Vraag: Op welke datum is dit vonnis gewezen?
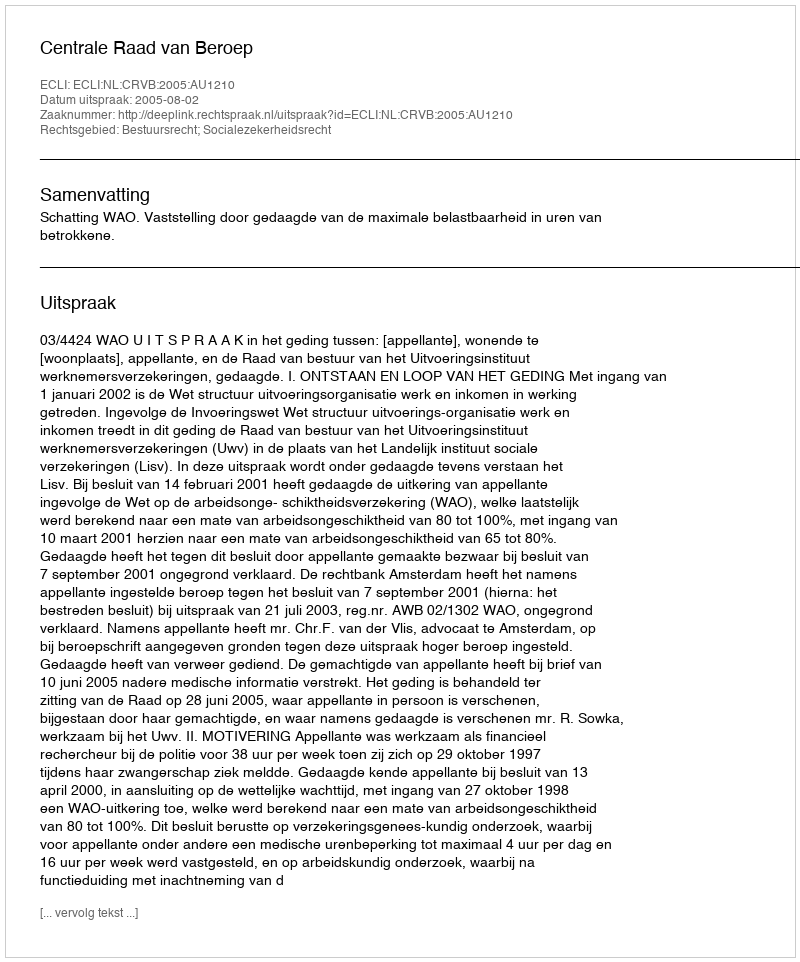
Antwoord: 2005-08-02